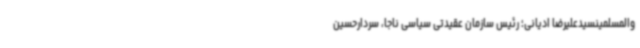
والمسلمینسیدعلیرضا ادیانی؛ رئیس سازمان عقیدتی سیاسی ناجا، سردارحسین